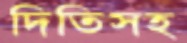
দিতিসহ